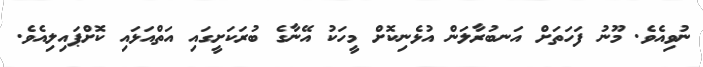
ނުވިއެވެ. މޫނު ފަހަތަށް އަނބުރާލަން އުޅެނިކޮށް މީހަކު އޭނާގެ ބުރަކަށީގައި އަތްއަޅައި ކޮށްޕައިލިއެވެ.